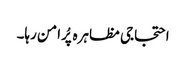
احتجاجی مظاہرہ پُرامن رہا۔